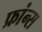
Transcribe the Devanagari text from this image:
फ्रांन्स